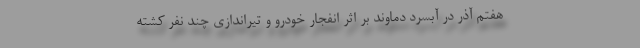
هفتم آذر در آبسرد دماوند بر اثر انفجار خودرو و تیراندازی چند نفر کشته